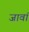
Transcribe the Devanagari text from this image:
जावां